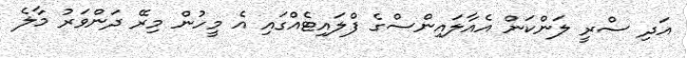
އަދި ސްރީ ލަންކަން އެއާލައިންސްގެ ފްލައިޓެއްގައި އެ މީހުން މިރޭ ދަންވަރު މާލެ